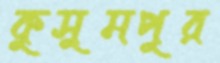
কুসুমপুর